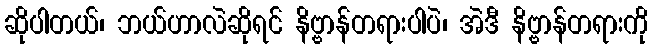
ဆိုပါတယ်၊ ဘယ်ဟာလဲဆိုရင် နိဗ္ဗာန်တရားပါပဲ၊ အဲဒီ နိဗ္ဗာန်တရားကို